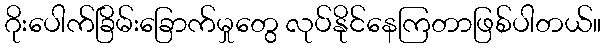
ဂိုးပေါက်ခြိမ်းခြောက်မှုတွေ လုပ်နိုင်နေကြတာဖြစ်ပါတယ်။